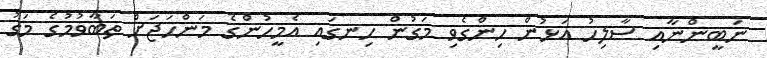
ނަބީންނާއި ސާލިހު އަޅުން ހިންގެވި މަގުން ހިނގައި އެމީހުންގެ މަންހަޖަށް ތަބާވުމުގެ މަގު